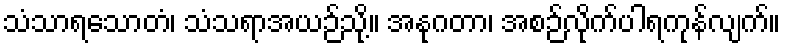
သံသာရသောတံ၊ သံသရာအယဉ်သို့။ အနုဂတာ၊ အစဉ်လိုက်ပါရကုန်လျက်။